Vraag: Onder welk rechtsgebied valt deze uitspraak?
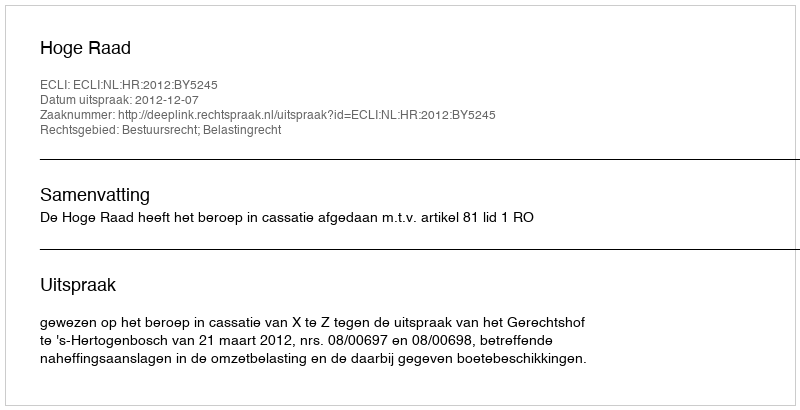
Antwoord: Bestuursrecht; Belastingrecht